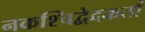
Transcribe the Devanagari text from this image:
नकश्चिद्वेदकर्ता